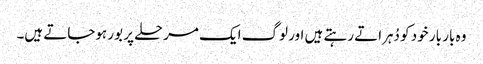
وہ بار بار خود کو دُہراتے رہتے ہیں اور لوگ ایک مرحلے پر بور ہوجاتے ہیں۔